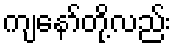
ကျနော်တို့လည်း